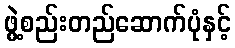
ဖွဲ့စည်းတည်ဆောက်ပုံနှင့်